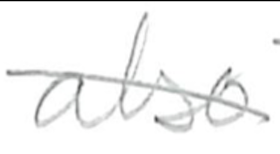
Text: also
Cross-out: diagonal
Writing tool: pencil